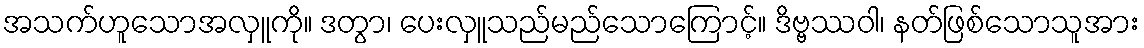
အသက်ဟူသောအလှူကို။ ဒတွာ၊ ပေးလှူသည်မည်သောကြောင့်။ ဒိဗ္ဗဿဝါ၊ နတ်ဖြစ်သောသူအား